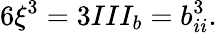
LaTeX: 6\xi^{3}=3III_{b}=b_{ii}^{3}.